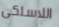
اللاسلكى